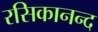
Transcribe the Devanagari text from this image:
रसिकानन्द